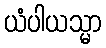
ယံပါယသ္မာ